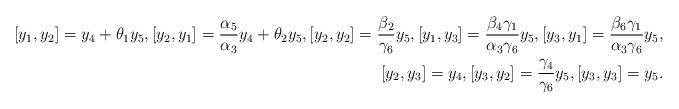
LaTeX: \begin{align*}[y_1, y_2]=y_4+\theta_1y_5, [y_2, y_1]=\frac{\alpha_5}{\alpha_3}y_4+\theta_2y_5, [y_2, y_2]=\frac{\beta_2}{\gamma_6}y_5, [y_1, y_3]=\frac{\beta_4\gamma_1}{\alpha_3\gamma_6}y_5, [y_3, y_1]=\frac{\beta_6\gamma_1}{\alpha_3\gamma_6}y_5, \\ [y_2, y_3]=y_4, [y_3, y_2]=\frac{\gamma_4}{\gamma_6}y_5, [y_3, y_3]=y_5.\end{align*}